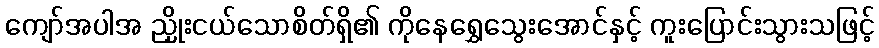
ကျော်အပါအ ညှိုးငယ်သောစိတ်ရှိ၏ ကိုနေရွှေသွေးအောင်နှင့် ကူးပြောင်းသွားသဖြင့်